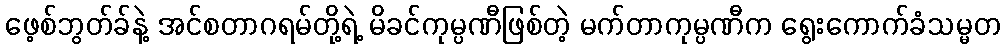
ဖေ့စ်ဘွတ်ခ်နဲ့ အင်စတာဂရမ်တို့ရဲ့ မိခင်ကုမ္ပဏီဖြစ်တဲ့ မက်တာကုမ္ပဏီက ရွေးကောက်ခံသမ္မတ